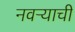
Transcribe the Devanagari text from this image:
नवऱ्याची